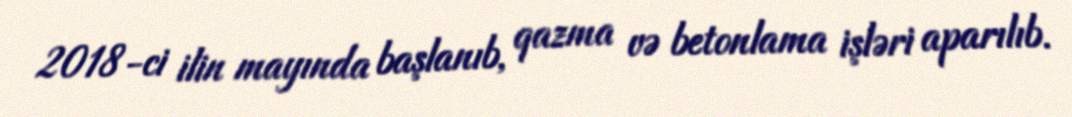
2018-ci ilin mayında başlanıb, qazma və betonlama işləri aparılıb.